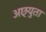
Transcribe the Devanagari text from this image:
अछ्युता